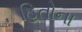
હિતોના